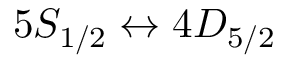
5 S _ { 1 / 2 } \leftrightarrow 4 D _ { 5 / 2 }